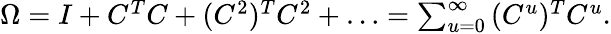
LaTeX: \begin{array}{r}{\Omega=I+C^{T}C+(C^{2})^{T}C^{2}+\ldots=\sum_{u=0}^{\infty}{(C^{u})^{T}C^{u}}.}\end{array}